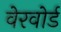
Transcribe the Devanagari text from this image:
वेरवोर्ड